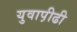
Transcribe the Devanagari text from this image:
युवाप़ीढी